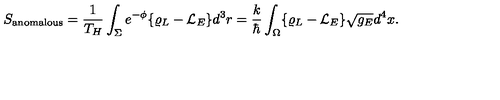
S _ { \mathrm { a n o m a l o u s } } = { \frac { 1 } { T _ { H } } } \int _ { \Sigma } e ^ { - \phi } \{ \varrho _ { L } - { \cal L } _ { E } \} d ^ { 3 } r = { \frac { k } { \hbar } } \int _ { \Omega } \{ \varrho _ { L } - { \cal L } _ { E } \} \sqrt { g _ { E } } d ^ { 4 } x .